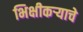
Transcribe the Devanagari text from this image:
भिक्षीकऱ्याचे